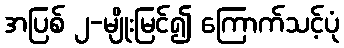
အပြစ် ၂-မျိုးမြင်၍ ကြောက်သင့်ပုံ